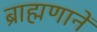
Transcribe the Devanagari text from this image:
ब्राह्मणानें